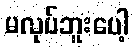
မလုပ်ဘူးပေါ့